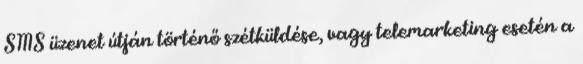
SMS üzenet útján történő szétküldése, vagy telemarketing esetén a